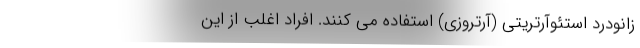
زانودرد استئوآرتریتی (آرتروزی) استفاده می کنند. افراد اغلب از این